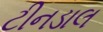
ટીનડાલ